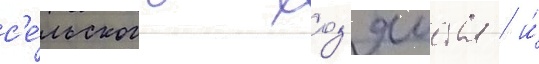
с'е́льского хоз'яиства / и́